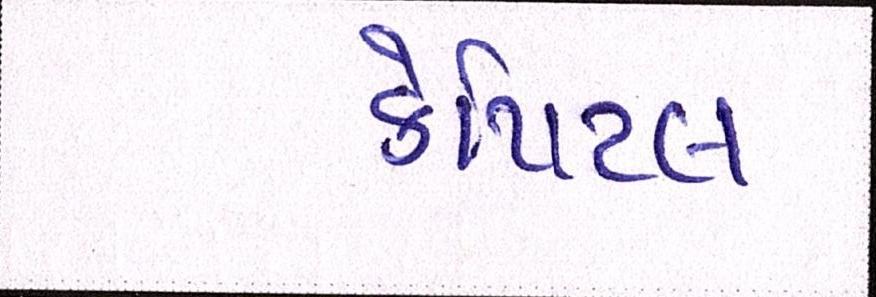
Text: કેપિટલ